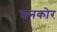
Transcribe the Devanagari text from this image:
सनकोर